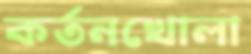
কর্তনখোলা